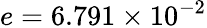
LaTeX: e=6.791\times 10^{-2}